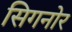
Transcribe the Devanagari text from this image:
सिगनोर